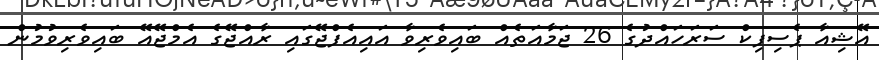
އޭޝިއާ ޕެސިފިކް ސަރަހައްދުގެ 26 ޖަމާއަތެއް ބައިވެރިވާ އައިއެފްޖޭގައި ރާއްޖޭގެ އެމްޖޭއޭ ބައިވެރިވުމުން